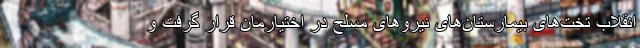
انقلاب تخت‌های بیمارستان‌های نیروهای مسلح در اختیارمان قرار گرفت و